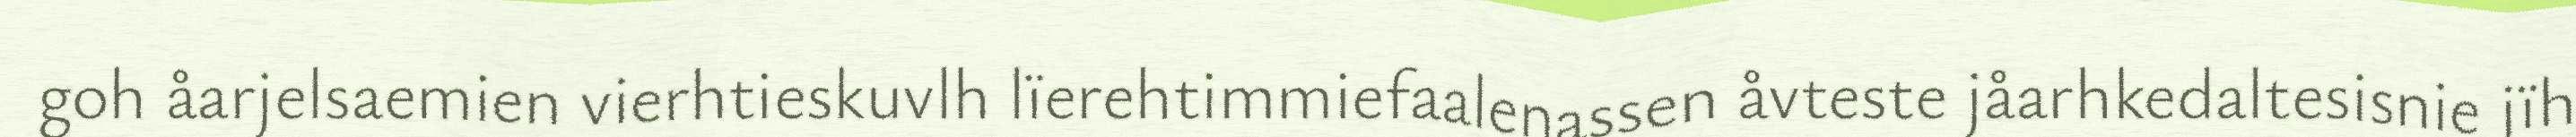
goh åarjelsaemien vierhtieskuvlh lïerehtimmiefaalenassen åvteste jåarhkedaltesisnie jïh